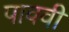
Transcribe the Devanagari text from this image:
पाववी